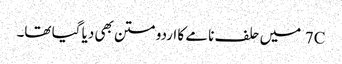
7C میں حلف نامے کا اردو متن بھی دیا گیا تھا۔